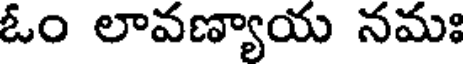
ఓం లావణ్యాయ నమః